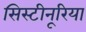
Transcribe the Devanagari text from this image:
सिस्टीनूरिया